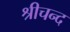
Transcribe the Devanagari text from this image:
श्रीचन्द